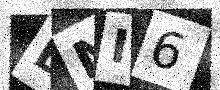
Text: DNI6